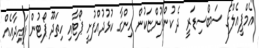
އެމްޕީއެލްގެ ސަބްސިޑަރީ ދެ ކުންފުންޏަކުން ހިންގާ ކުޅުދުއްފުށީ ޕޯޓާއި ހިތަދޫ ޕޯޓުން ފައިދާއެއް